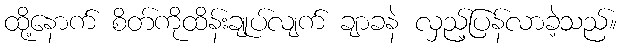
ထို့နောက် စိတ်ကိုထိန်းချုပ်လျက် ချာခနဲ လှည့်ပြန်လာခဲ့သည်။